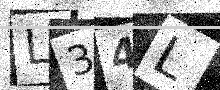
Text: L34L